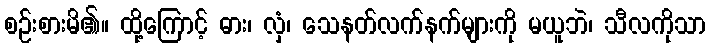
စဉ်းစားမိ၏။ ထို့ကြောင့် ဓား၊ လှံ၊ သေနတ်လက်နက်များကို မယူဘဲ၊ သီလကိုသာ